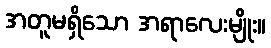
အတူမရှိသော အရာလေးမျိုး။